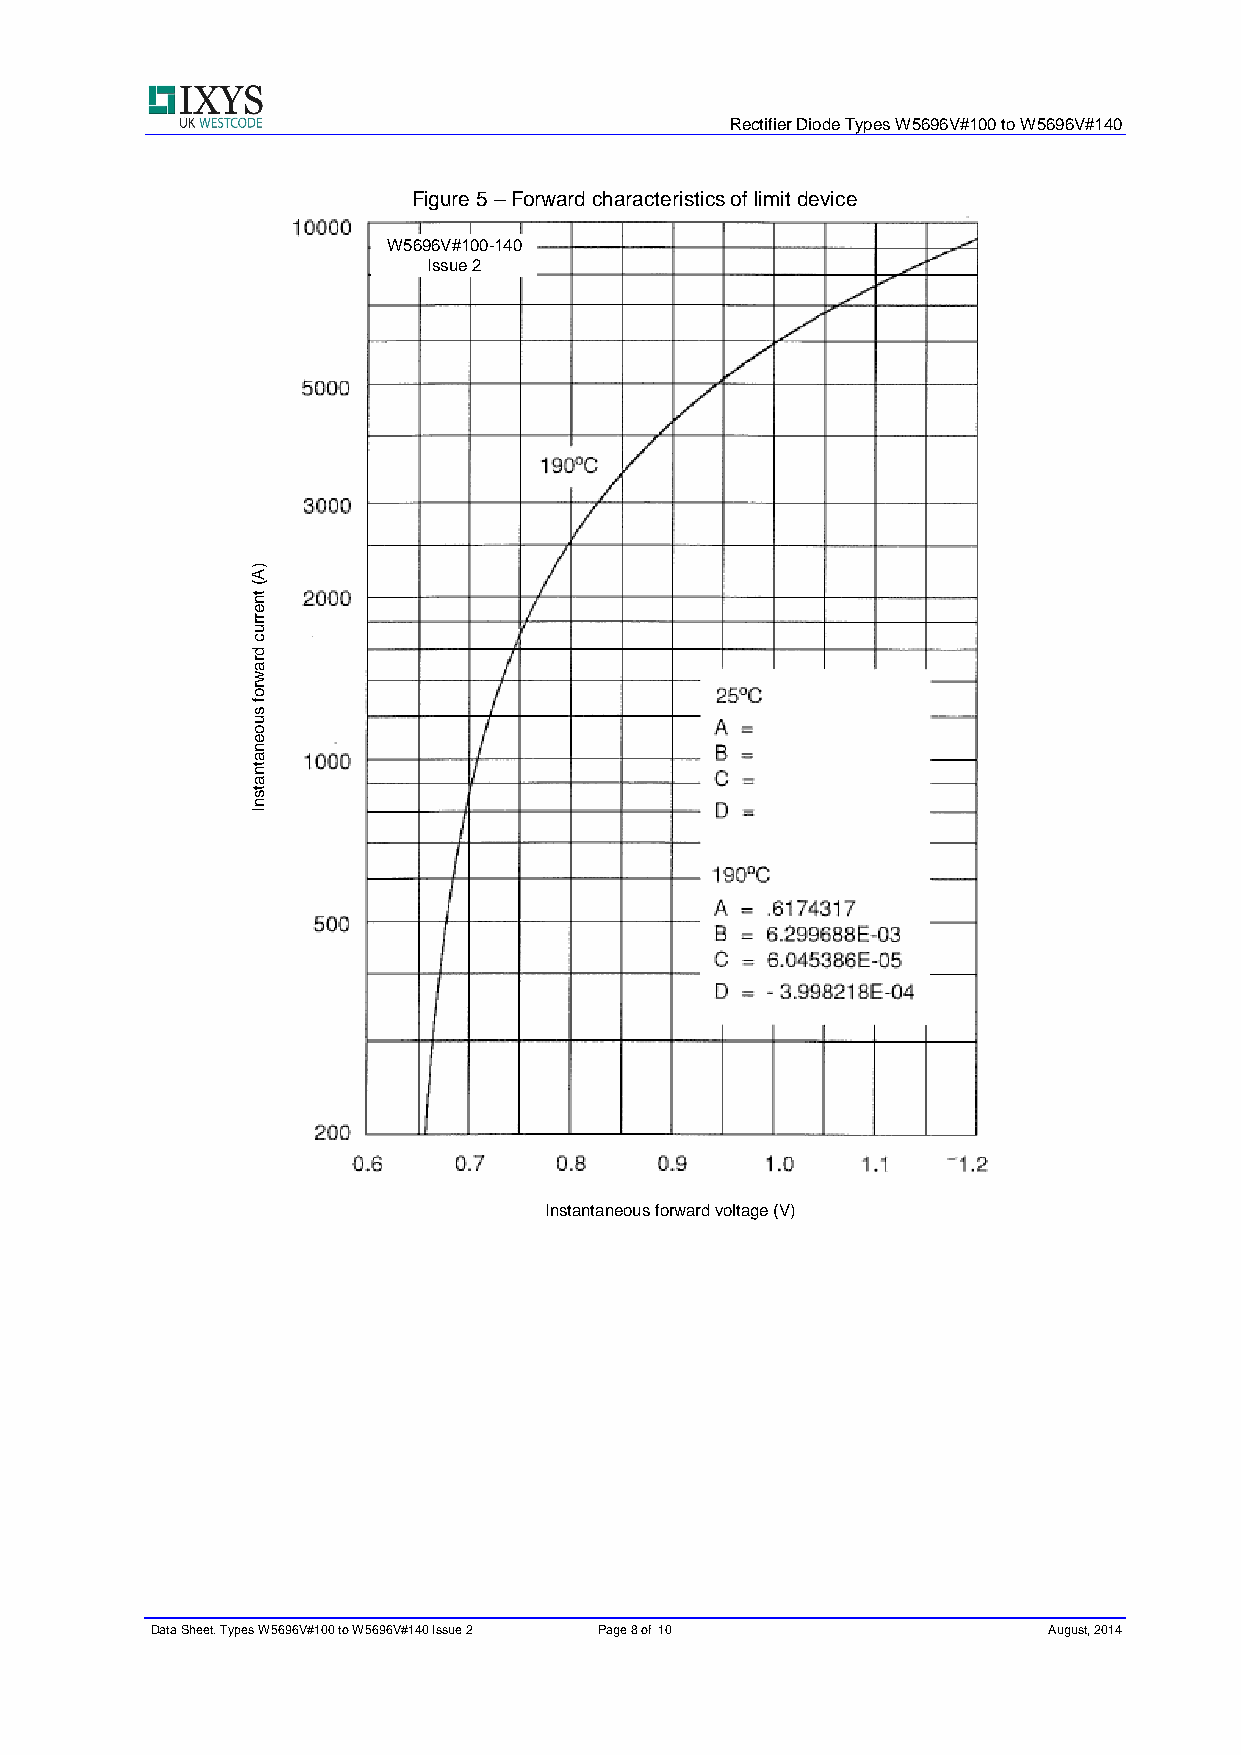
Rectifier Diode Types W5696V#100 to W5696V#140
 Figure 5 – Forward characteristics of limit device
 W5696V#100-140
 Issue 2
 )A
 (
 tn
 e
 rru
 c
 d
 ra
 w
 ro
 f
 s
 u
 o
 e
 n
 a
 tn
 a
 ts
 n
 I
 Instantaneous forward voltage (V)
 Data Sheet. Types W5696V#100 to W5696V#140 Issue 2 Page 8 of10 August, 2014